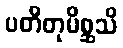
ပတိတုမိစ္ဆသိ